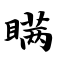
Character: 瞒